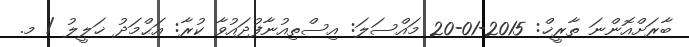
ބާރަށްއޮންނަ ތާރީޚް: 2015-01-20 މައްސަލަ: އިސްތިއުނާފުދައުވާ ކުރާ: އަޙްމަދު ޚަލީލު / މ.